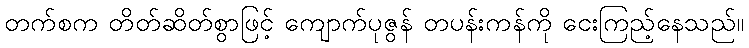
တက်စက တိတ်ဆိတ်စွာဖြင့် ကျောက်ပုဇွန် တပန်းကန်ကို ငေးကြည့်နေသည်။